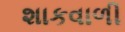
શાકવાળી